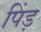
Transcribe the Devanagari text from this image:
पिंड़